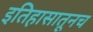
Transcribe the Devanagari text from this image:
इतिहासातूनच